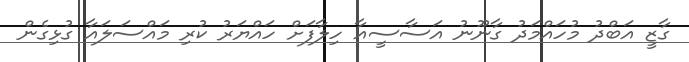
ގާޒީ އަބްދު މުހައްމަދު ގާނޫނު އަސާސީއާ ހިލާފަށް ހައްޔަރު ކުރި މައްސަލައާ ގުޅިގެން